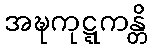
အဍ္ဎကုဋ္ဋကန္တိ